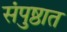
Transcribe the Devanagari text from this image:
संपुष्ठात